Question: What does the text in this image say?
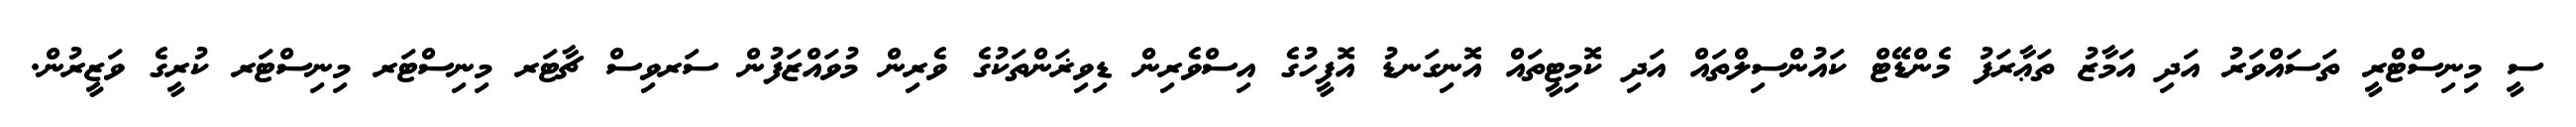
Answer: ސީ މިނިސްޓްރީ ތަސައްވަރު އަދި އަމާޒު ތަޢާރަފު މެންޑޭޓް ކައުންސިލްތައް އަދި ކޮމިޓީތައް އޮނިގަނޑު އޮފީހުގެ އިސްވެރިން ޑިވިޜަންތަކުގެ ވެރިން މުވައްޒަފުން ސަރވިސް ޗާޓަރ މިނިސްޓަރ މިނިސްޓަރ ކުރީގެ ވަޒީރުން.